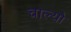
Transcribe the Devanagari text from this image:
चाल्यो